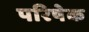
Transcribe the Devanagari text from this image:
परिषेक